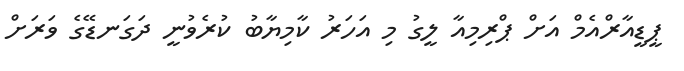
ޕީޑީއާރްއެމް އަށް ޕްރިމިއާ ލީގު މި އަހަރު ކާމިޔާބު ކުރެވުނީ ދަގަނޑޭގެ ވަރަށް